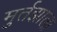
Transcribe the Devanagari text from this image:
मुर्तझाला